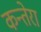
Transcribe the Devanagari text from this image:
कन्तेरा